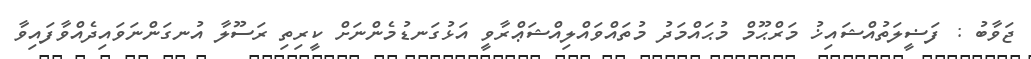
ޖަވާބު : ފަޟީލަތުއްޝައިޚު މަރްޙޫމް މުޙައްމަދު މުތައްވައްލިއްޝަޢްރާވީ އަޅުގަނޑުމެންނަށް ކީރިތި ރަސޫލާ އުނގަންނަވައިދެއްވާފައިވާ